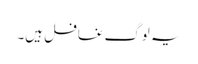
یہ لوگ غافل ہیں۔